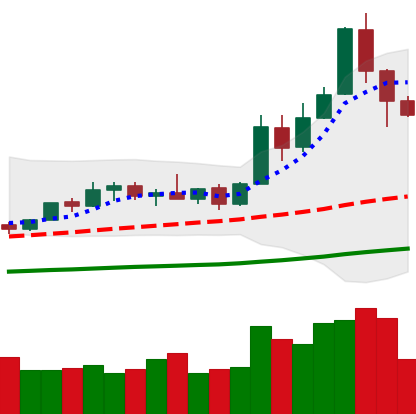
Ticker: XMR-USD
Chart end date: 2019-05-18
Forward return: 6.321%
Label: up_5_7